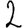
Digit: 2